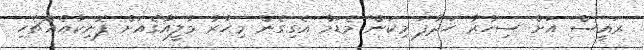
ރައީސް އަށް ސިހުރު ހަދާފަ މިކަން މެޑަމް އެގިގެން މިހާރު މުލީއާގެއަށް ފޮނިކާއެއްޗެހި